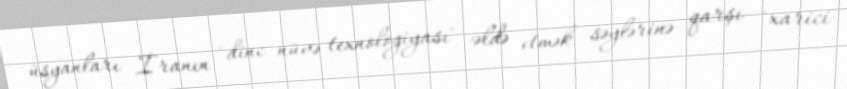
üsyanları İranın "dinc nüvə texnologiyası" əldə etmək səylərinə qarşı "xarici